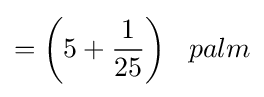
={\bigg (}5+{\frac {1}{25}}{\bigg )}\;\;\;palm